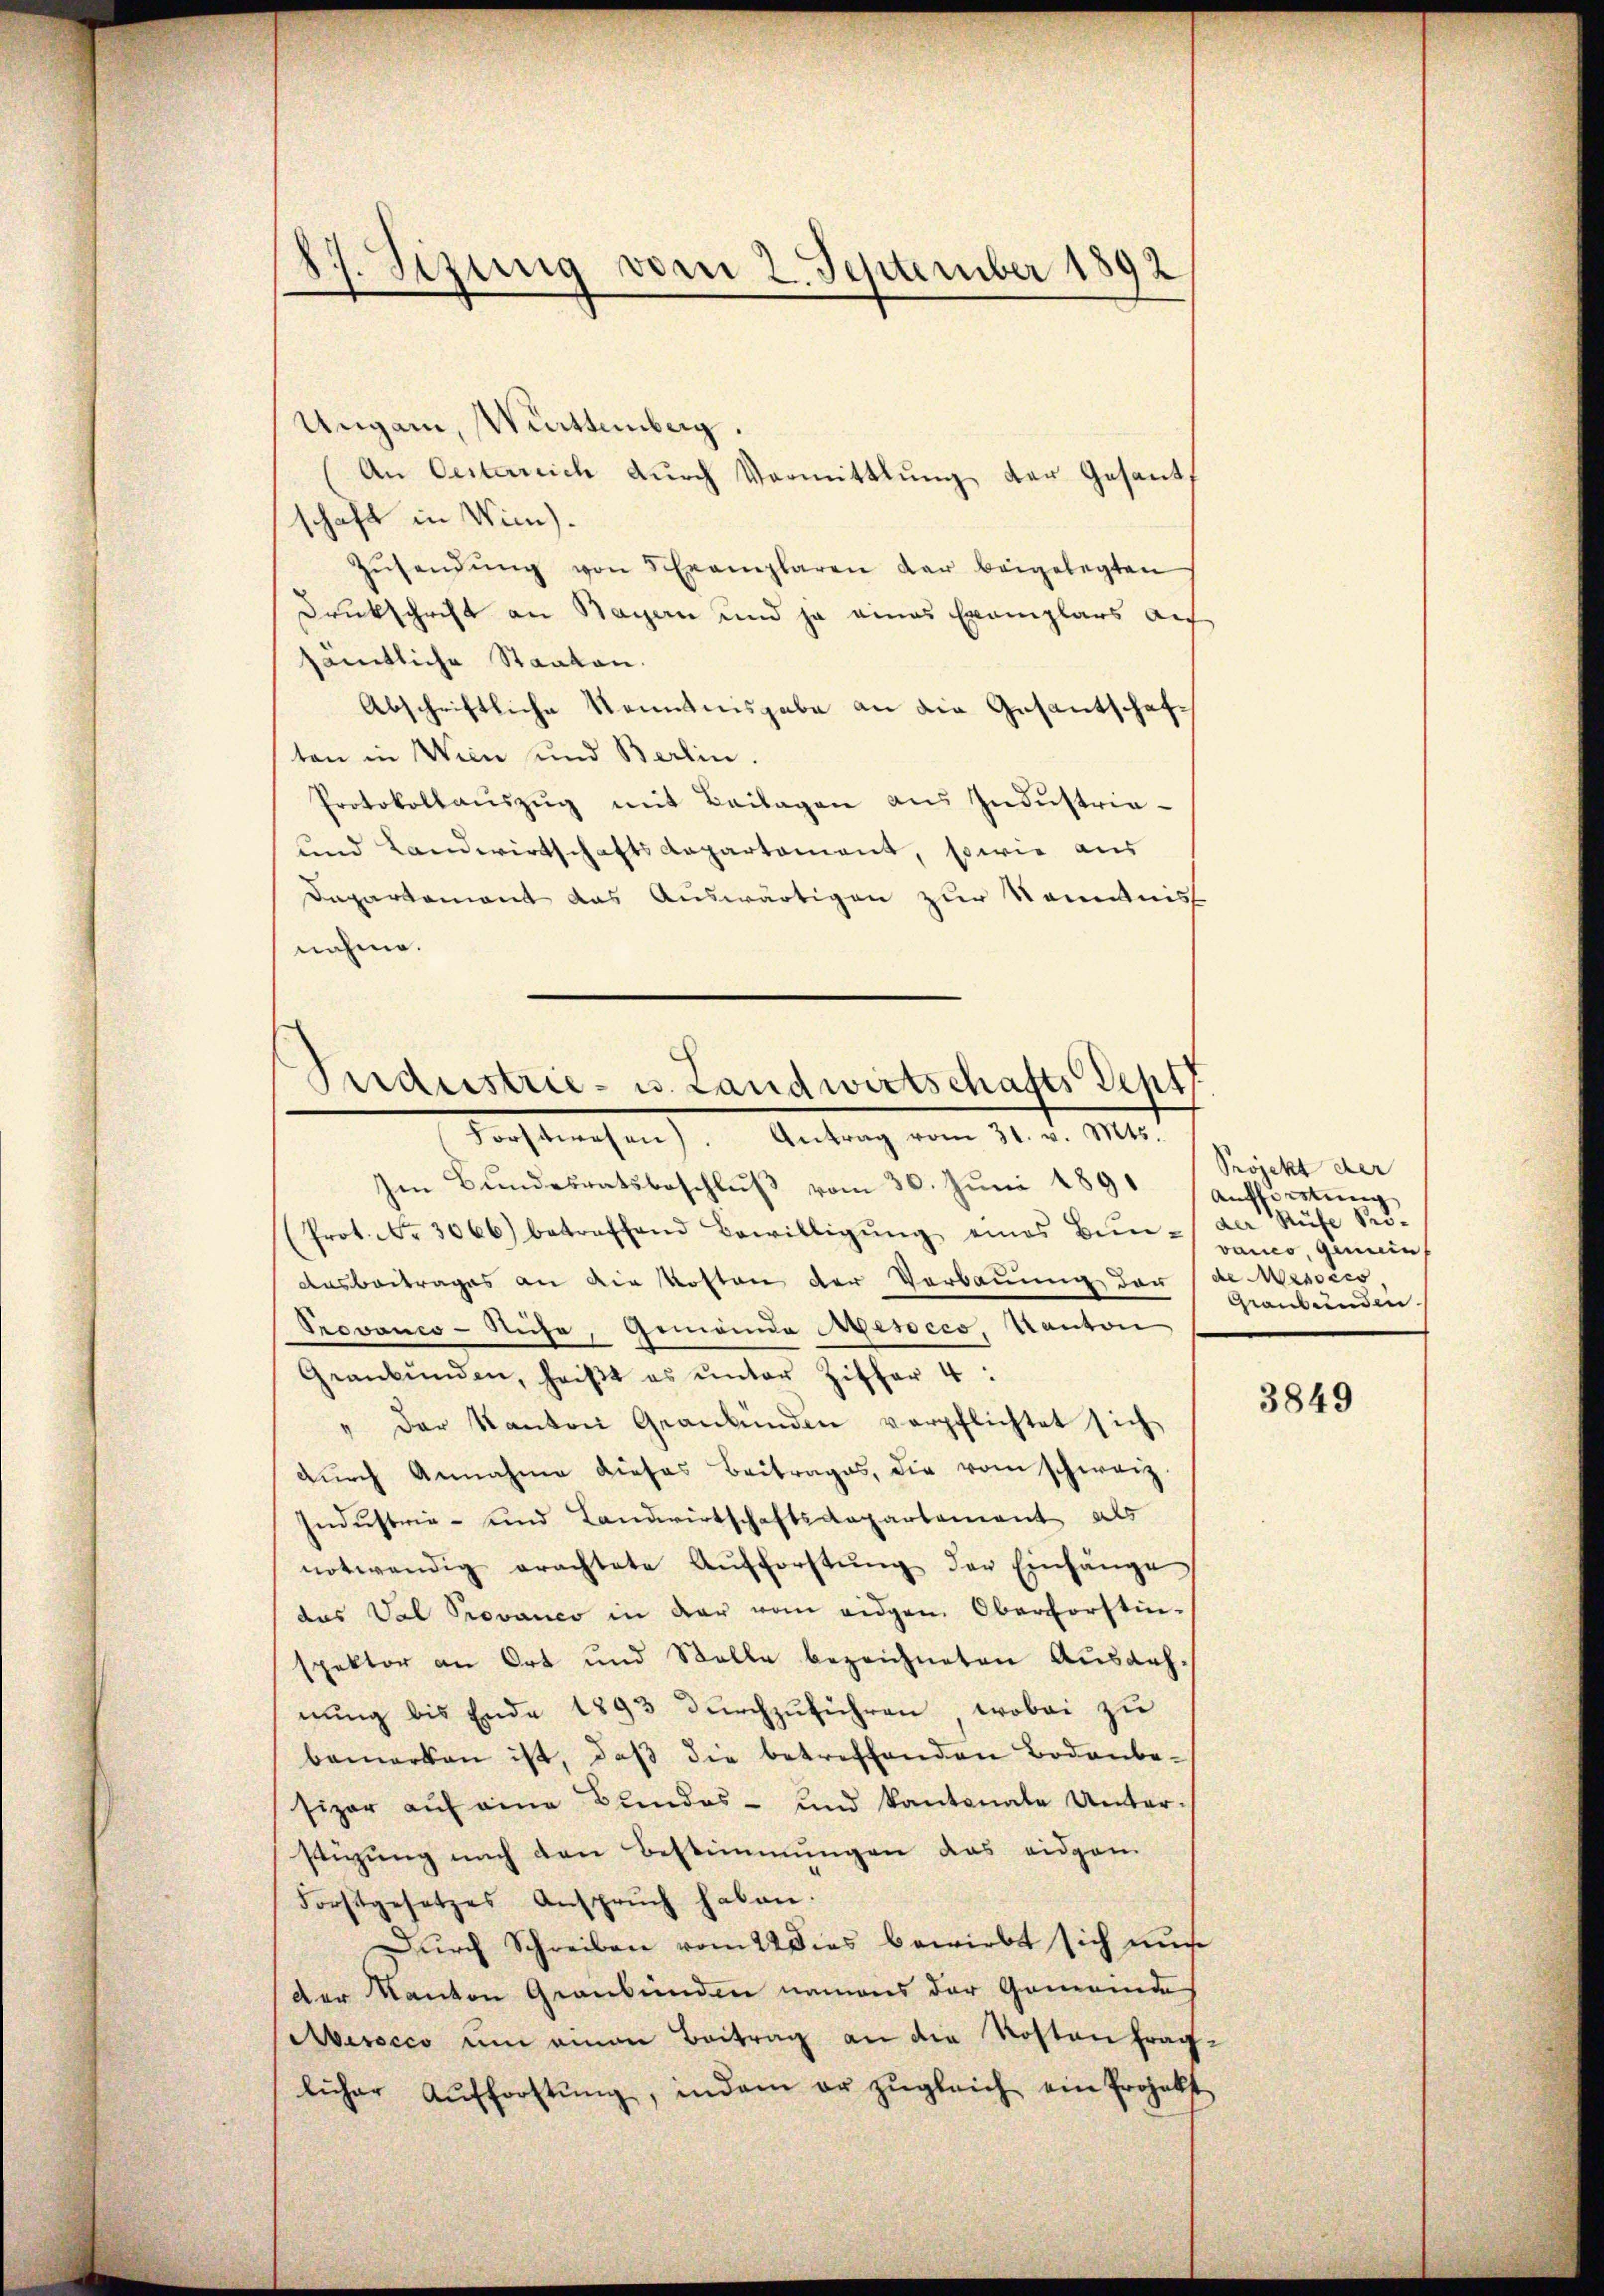
Ungarn, Württemberg.
(An Oesterrich durch Vormittlung der Gesandschaft in Wien).
Zŭsendŭng von 5 Exemplaren der beigelegten
Druckschrift an Bayern und ja eines Exemplars auf
sämtliche Staaten.
Abschriftliche Kenntnisgabe an die Gesantschaften in Wien und Berlin.
Protokollaŭszŭg mit Beilagen aŭs Indŭstria-
und Landwirtschaftsdepartement, sowie aus
Dapartement das Auswärtigen zur Kenntniss
nahme.
Perdustrie- u. Landwirtschafts Sept

17. Jezung vom 2. September 1892

Forstehen). Antrag vom 21. v. Mts.

hen Bŭndesratsbeschlŭβ vom 30. Jŭni 1891 (Aŭffürtŭng
(Prot. No. 3066) betreffend Bewilligŭng eines Bŭn- der Rüfe Srö-
Ausbeitrages an die Kosten der Verbauung der (de Mesocco
Prevanco-Ruhe, Gemeinde Mesocco, Kanton
Geranbŭnden, heiβt es ŭnter Ziffer 4:
" der Kanton Graubünden verpflichtet sich
dŭrch Annahme dieses Beitrages, die vom schweiz.
Industrie- und Landwirtschaftsdepartement als
notwendig erachtete Aŭfforstŭng der Einhänge
das Dal Provanco in der vom eidgen. Oberforstin-
spektor an Ort und Stelle bezeichneten Ausdehnung bis Ende 1893 durchzuführen, wobei zu
bemerken ist, daβ die betreffenden Bodenbe-
Pizar auf eine Bundes- und kantonale Unter-
stigung nach den Bestimmungen das eidgen
Forstgesetzes Ansprŭch haben.
Dŭrch Schreiben vom 22 dies bewirbt sich mu
der Kanton Graubünden namens der Gemeinde
Aesocco um einen Beitrag an die Kostenfraglicher Aŭfforstŭng, indem er zŭgleich ein Projekt

Projekt der
vanco, gemein
Graubünden.

3849